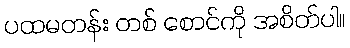
ပထမတန်း တစ် စောင်ကို အစိတ်ပါ။